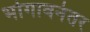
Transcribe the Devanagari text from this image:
भोगावनंतर